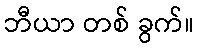
ဘီယာ တစ် ခွက်။